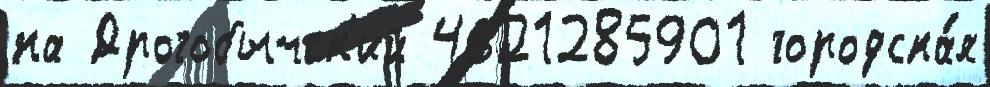
на Дрогобычск'ий 4621285901 городска́я